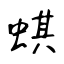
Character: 蜞